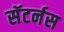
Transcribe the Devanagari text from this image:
सॅटर्नस